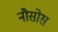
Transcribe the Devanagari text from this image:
नौसोस